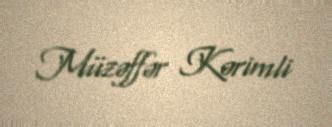
Müzəffər Kərimli